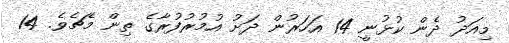
މިއަދު ދެން ކުޅުނީ 14 އަހަރުން ދަށު އުމުރުފުރާގެ ތިން މެޗެވެ. 14